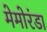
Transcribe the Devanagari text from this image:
मेमोरंडा